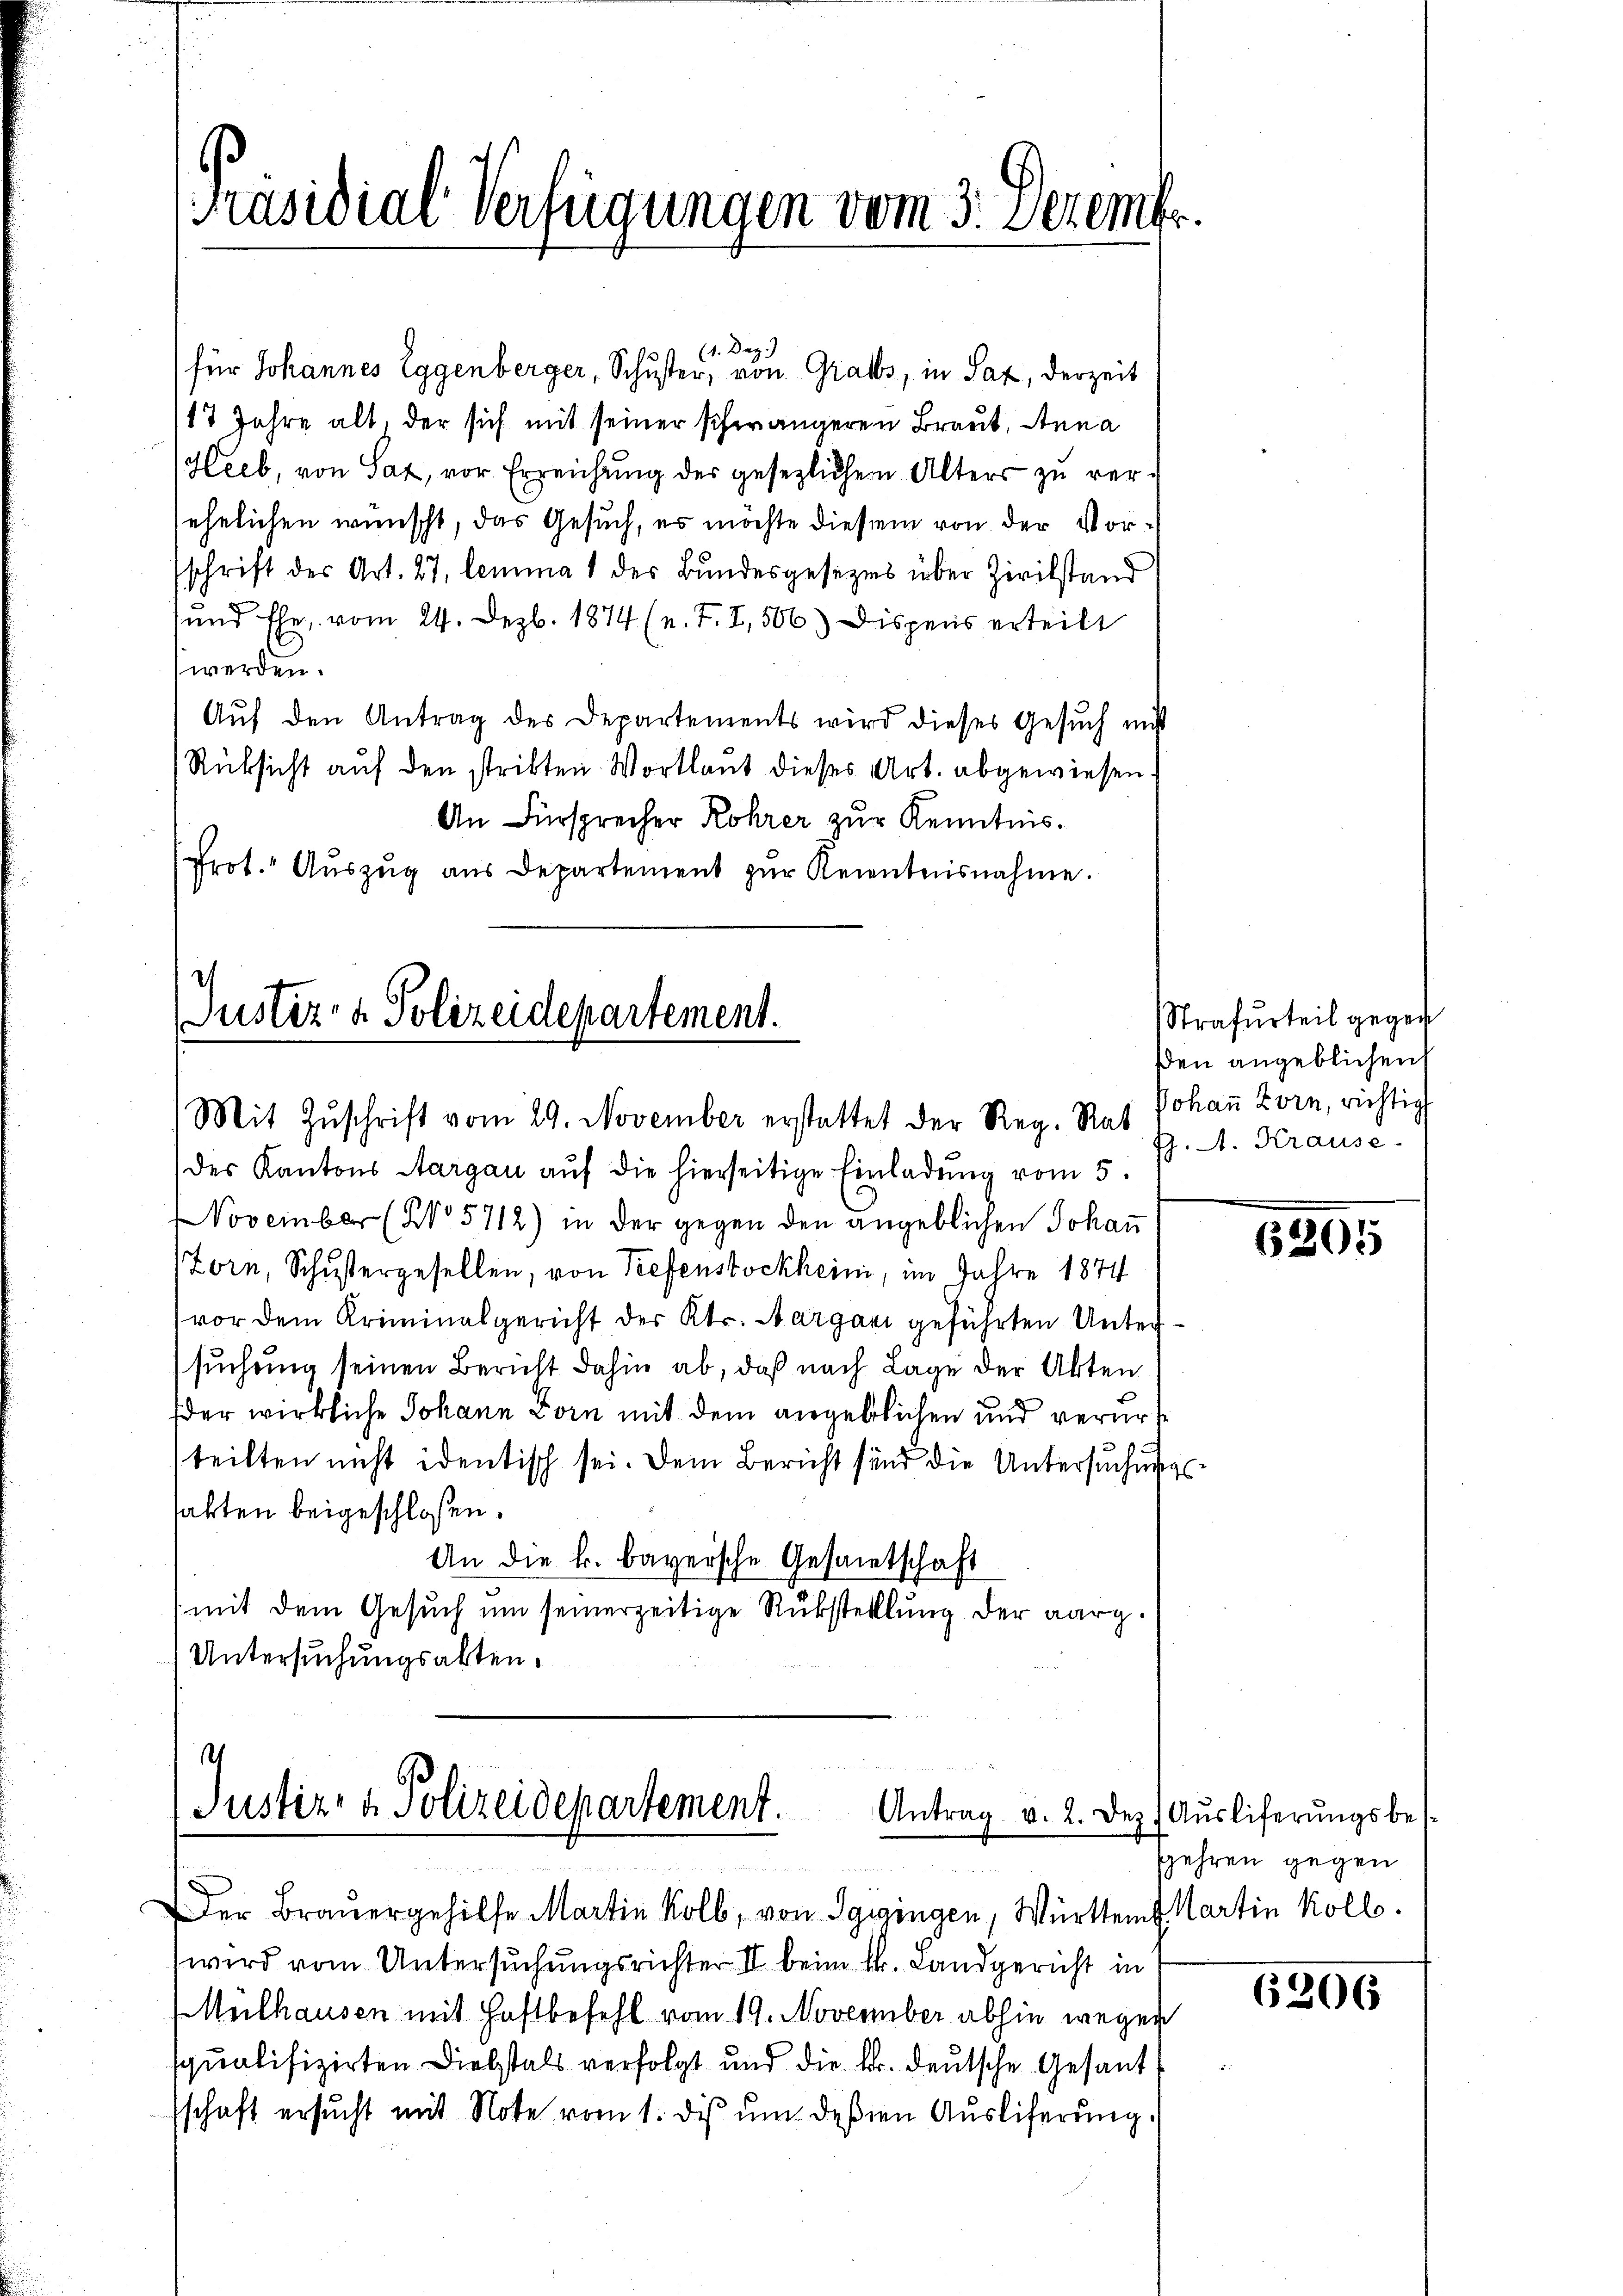
[Präsidial-Verfügungen vom 3. Dezem

(1. Dez.)
für Johannes Eggenberger, Schuster, von Grabbs, in Saz, derzeit
17 Jahre alt. der sich mit seiner schwängeren Braut, Anna
(Heeb, von Sax, vor Erreichung der gesezlichen Alters zu verehelichen wünscht, das Gesuch, es möchte diesem von der Vorschrift der Art. 27 lemma 1 des Bundesgesezes über Zivilstand
und Ehe, vom 24. Dezb. 1874 (u. T. I, 506) Dispens erteilt
werden.
Aŭf den Antrag des Departements wird dieses Gesŭch mitt
Rüksicht auf den strikten Wortlaut dieses Art. abgewiesen.
An Fürsprecher Rohrer zur Kenntnis.
Prot. Auszug aus Departement zŭr Kenntnisnahme.

Justiz- & Polizeidepartement.
Mit Zŭschrift vom 29. November erstattet der Reg. Rat Johaṅ Zorn, richtig

des Kantons Aargau aŭf die hierseitige Einladŭng vom 5.
November (No 5712) in der gegen den angeblichen Johan
Zorn, Schŭstergesellen, von Tiefenstockheini, im Jahre 1874
vor dem Kriminalgericht des Kts. Aargani geführten Untersuchung seinen Bericht dahin ab, daß nach Lage der Akten
der wirkliche Johann Zorn mit dem angeblichen und verurteilten nicht identisch sei. Dem Bericht sind die Untersuchungstakten beigeschloßen.
An die k. bayersche Gesamtschaft
mit dem Gesuch um seinerzeitige Rükstelllung der aarg.
Untersuchungsakten.

.
Justiz- & Polizeidepartement.
Antrag v. 2. Dez.
Der Brauergehilfe Martin Kolb, von Sargingen, Württem Martin koll.

wird vom Untersuchungsrichter II beim k. Landgericht in
Melhausen mit Haftbefehl vom 19. November abhin wegen
qualifizirten Diebstals verfolgt und die kr. deutsche Gesandschaft ersucht mit Note vom 1. dis um deßen Ausliferung,

Strafurteil gegen
ßen angeblichen
J. A. Krause.

6201

Ausliferungsbesgehren gegen

6206